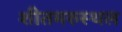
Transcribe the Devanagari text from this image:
शीतमरुस्थल